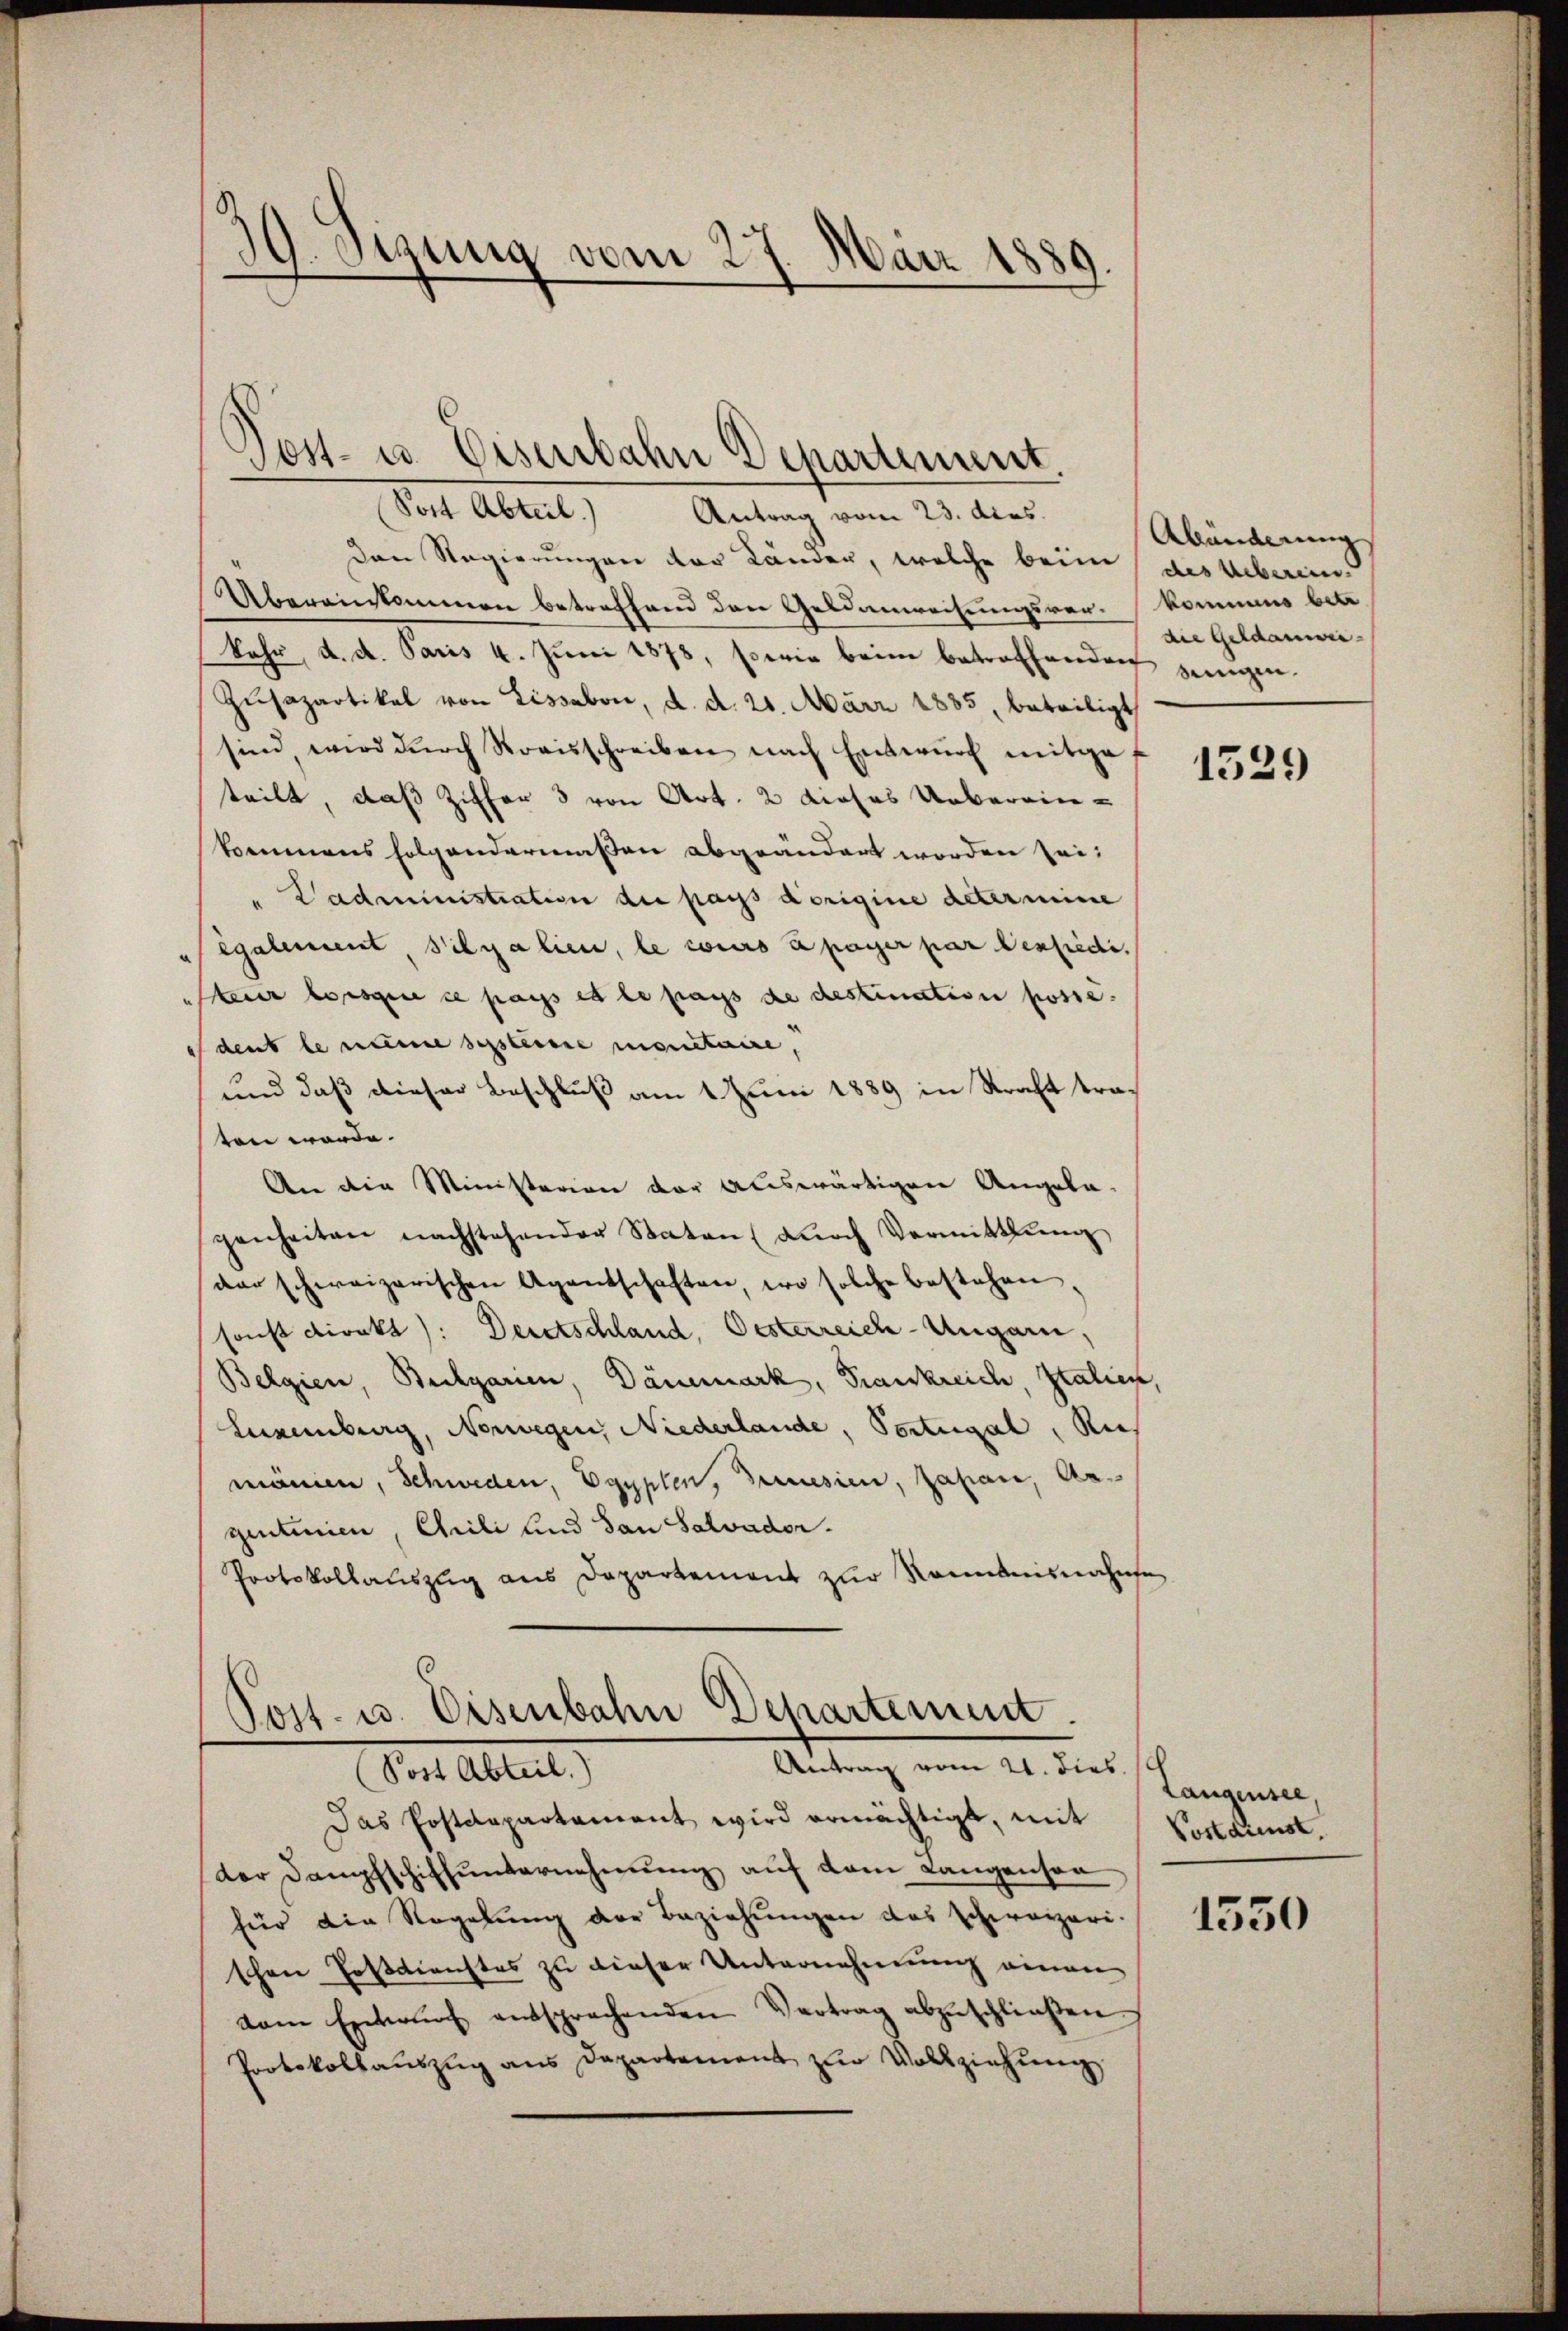
G. Oezung vom 27. Mai 1889.

Sost Abteil.) Antrag vom 23. dies
den Regierungen der Länder, welche beim des Ueberein
Übereinkommen betreffend den Gelanweisungsverkommens betr.
bahr, d. d. Paris 4. Juni 1878, sowie beim betreffenden einigen¬
Zŭsazartikel von Lissabon, d. d. 21. März 1835, beteiligt
sind, wird dŭrch Streisschreiben nach Entwŭrf mitgef
teilt, daß Ziffer 3 von Art. 2 dieses Ueberein-
kommens folgendermaßen abgeändert worden sei.
"Vadministration die pays dorigine determine
egalement, Silyalien, le cours à payer par Versiedi
steuer lorsque ce pass et le pays de destination posse
dent le name dessteuere montaire,
und daß dieser Beschluß am 1. Juni 1889 in Straft traten werde.
An die Ministerion der auswärtigen Angela-
genheiten nachstehender Staten dŭrch Vermittlung
der schweizerischen Agentschaften, wo solche bestehen
sonst direkt): Deretschland, Oesterreich-Ungarn,
Belgien, Bechgarien, Dänemark, Frankreich, Italien,
Luxenburg, Norwegen, Niederlande, Portugal, Rich
mänien, Schweden, Egypten, Deinesien, Zapan, Argentinien, Chrili und San Salvador.
Protokollauszug aus Departement zur Romanisnahme

.
Post- u. Eisenbahn Departiment.

Post- u. Eisenbahn Departement.
Antrag vom 21. dies
Vor Ableit

Das Postdepartament wird ermächtigt, mit
der Dampfschiffunternehmung auf dem Langensaa
für die Regelŭng der Beziehŭngen das schweizeri-
schen Tosdienstes zu dieser Unternehmung einen
vom Entwŭrf entsprechenden Vertrag abzŭschlieβen
Protokollauszug aus Departement zur Vollziehung

Abänderung
die Geldanwei¬

1529

Langensee,
Postdienst.

1550